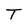
Character: T